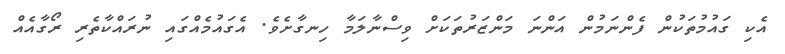
އެކި ގައުމުތަކުން ފެންނަމުން އަންނަ މަންޒަރުތަކަށް ވިސްނާލަމާ ހިނގާށެވެ. އެގައުމެއްގައި ނުރައްކާތެރި ރޯގާއެއް